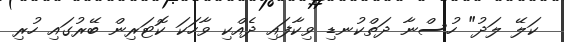
ކަލޭ ލަދު" ހުސްނާ ދަތްކުނޑި ވިކާފައި ދެއްކި ވާހަކަ ކޮޓަރިން ބޭރުގައި ހުރި